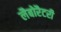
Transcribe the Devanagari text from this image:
लैबोरैटरी